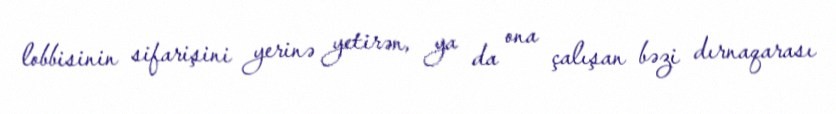
lobbisinin sifarişini yerinə yetirən, ya da ona çalışan bəzi dırnaqarası